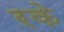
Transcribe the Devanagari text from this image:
रके